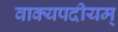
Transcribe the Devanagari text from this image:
वाक्यपदीयम्